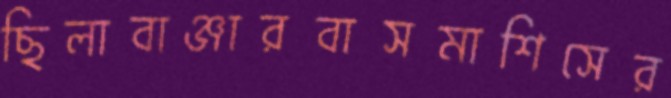
ছিলাবাঞ্জারবাসমাশিসের